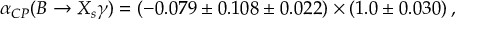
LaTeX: \alpha _ { C P } ( B \rightarrow X _ { s } \gamma ) = ( - 0 . 0 7 9 \pm 0 . 1 0 8 \pm 0 . 0 2 2 ) \times ( 1 . 0 \pm 0 . 0 3 0 ) \, ,